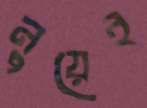
নুয়েই